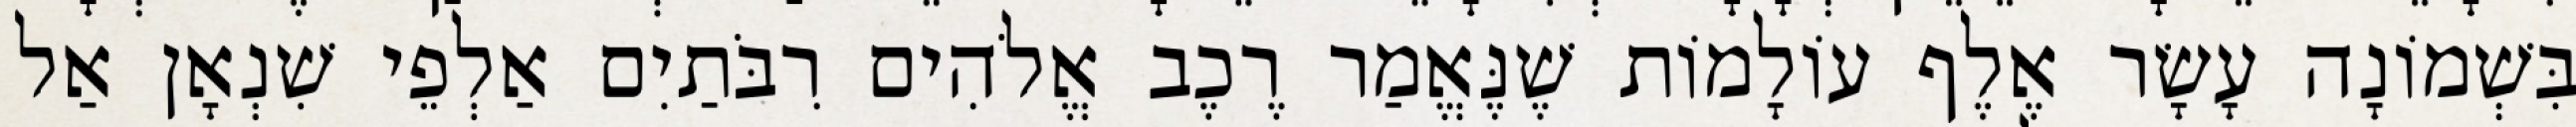
בִּשְׁמוֹנָה עָשָׂר אֶלֶף עוֹלָמוֹת שֶׁנֶּאֱמַר רֶכֶב אֱלֹהִים רִבֹּתַיִם אַלְפֵי שִׁנְאָן אַל